Civil Veterinary Dept. Bombay admin report 1914-1922 - 1914-1922
Year: 1914
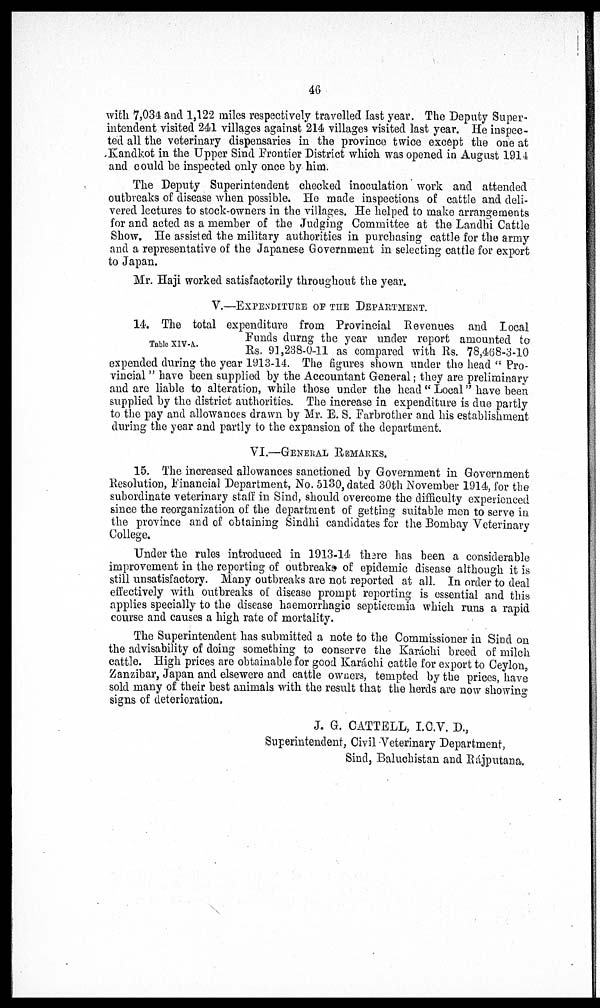
46
with 7,034 and 1,122 miles respectively travelled last year. The Deputy Super-
intendent visited 241 villages against 214 villages visited last year. He inspec-
ted all the veterinary dispensaries in the province twice except the one at
Kandkot in the Upper Sind Frontier District which was opened in August 1914
and could be inspected only once by him.
The Deputy Superintendent checked inoculation work and attended
outbreaks of disease when possible. He made inspections of cattle and deli-
vered lectures to stock-owners in the villages. He helped to make arrangements
for and acted as a member of the Judging Committee at the Landhi Cattle
Show. He assisted the military authorities in purchasing cattle for the army
and a representative of the Japanese Government in selecting cattle for export
to Japan.
Mr. Haji worked satisfactorily throughout the year.
V.—EXPENDITURE OF THE DEPARTMENT.
Table XIV-A.
14. The total expenditure from Provincial Revenues and Local
Funds durng the year under report amounted to
Rs. 91,238-0-11 as compared with Rs. 78,468-3-10
expended during the year 1913-14. The figures shown under the head " Pro-
vincial " have been supplied by the Accountant General; they are preliminary
and are liable to alteration, while those under the head " Local " have been
supplied by the district authorities. The increase in expenditure is due partly
to the pay and allowances drawn by Mr. E. S. Farbrother and his establishment
during the year and partly to the expansion of the department.
VI.—GENERAL REMARKS.
15. The increased allowances sanctioned by Government in Government
Resolution, Financial Department, No. 5130, dated 30th November 1914, for the
subordinate veterinary staff in Sind, should overcome the difficulty experienced
since the reorganization of the department of getting suitable men to serve in
the province and of obtaining Sindhi candidates for the Bombay Veterinary
College.
Under the rules introduced in 1913-14 there has been a considerable
improvement in the reporting of outbreaks of epidemic disease although it is
still unsatisfactory. Many outbreaks are not reported at all. In order to deal
effectively with outbreaks of disease prompt reporting is essential and this
applies specially to the disease haemorrhagic septicæmia which runs a rapid
course and causes a high rate of mortality.
The Superintendent has submitted a note to the Commissioner in Sind on
the advisability of doing something to conserve the Karáchi breed of milch
cattle. High prices are obtainable for good Karáchi cattle for export to Ceylon,
Zanzibar, Japan and elsewere and cattle owners, tempted by the prices, have
sold many of their best animals with the result that the herds are now showing
signs of deterioration.
J. G. CATTELL, I.C.V. D.,
Superintendent, Civil Veterinary Department,
Sind, Baluchistan and Rájputana.